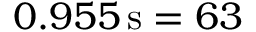
0 . 9 5 5 \, \mathrm { s } = 6 3